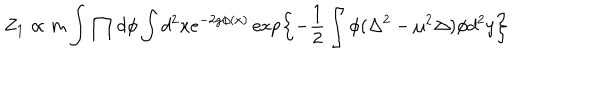
Z _ { 1 } \propto m \int \prod d \phi \int d ^ { 2 } x e ^ { - 2 g \phi ( x ) } \exp \left\{ - \frac { 1 } { 2 } \int \phi ( \Delta ^ { 2 } - \mu ^ { 2 } \Delta ) \phi d ^ { 2 } y \right\}